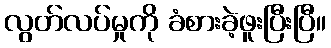
လွတ်လပ်မှုကို ခံစားခဲ့ဖူးပြီးပြီ။